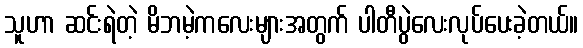
သူဟာ ဆင်းရဲတဲ့ မိဘမဲ့ကလေးများအတွက် ပါတီပွဲလေးလုပ်ပေးခဲ့တယ်။